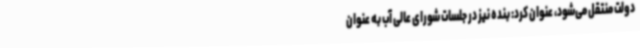
دولت منتقل می‌شود، عنوان کرد: بنده نیز در جلسات شورای عالی آب به عنوان